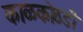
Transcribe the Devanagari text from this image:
काळकोठडी